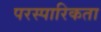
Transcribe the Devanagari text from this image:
परस्पारिकता